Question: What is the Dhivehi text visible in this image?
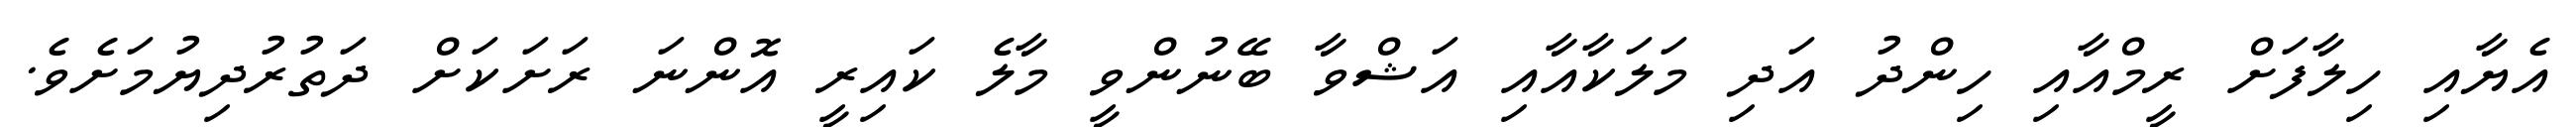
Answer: އެޔާއި ހިލާފަށް ރީމްއާއި ހިންދު އަދި މަލަކާއާއި އަޝްވާ ބޭނުންވީ މާލެ ކައިރީ އޮންނަ ރަށަކަށް ދަތުރުދިޔުމަށެވެ.